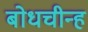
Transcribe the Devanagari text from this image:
बोधचीन्ह